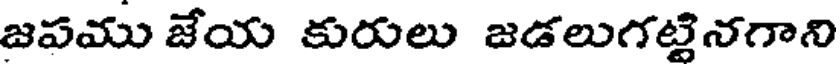
జపము జేయ కురులు జడలుగట్టినగాని